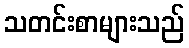
သတင်းစာများသည်